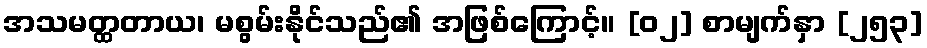
အသမတ္ထတာယ၊ မစွမ်းနိုင်သည်၏ အဖြစ်ကြောင့်။ [၀၂] စာမျက်နှာ [၂၅၃]